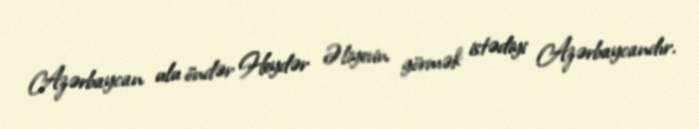
Azərbaycan ulu öndər Heydər Əliyevin görmək istədiyi Azərbaycandır.